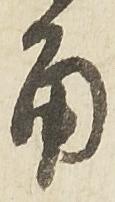
角